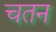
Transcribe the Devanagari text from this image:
चतन